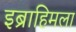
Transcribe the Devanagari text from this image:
इब्राहिमला